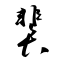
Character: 猆